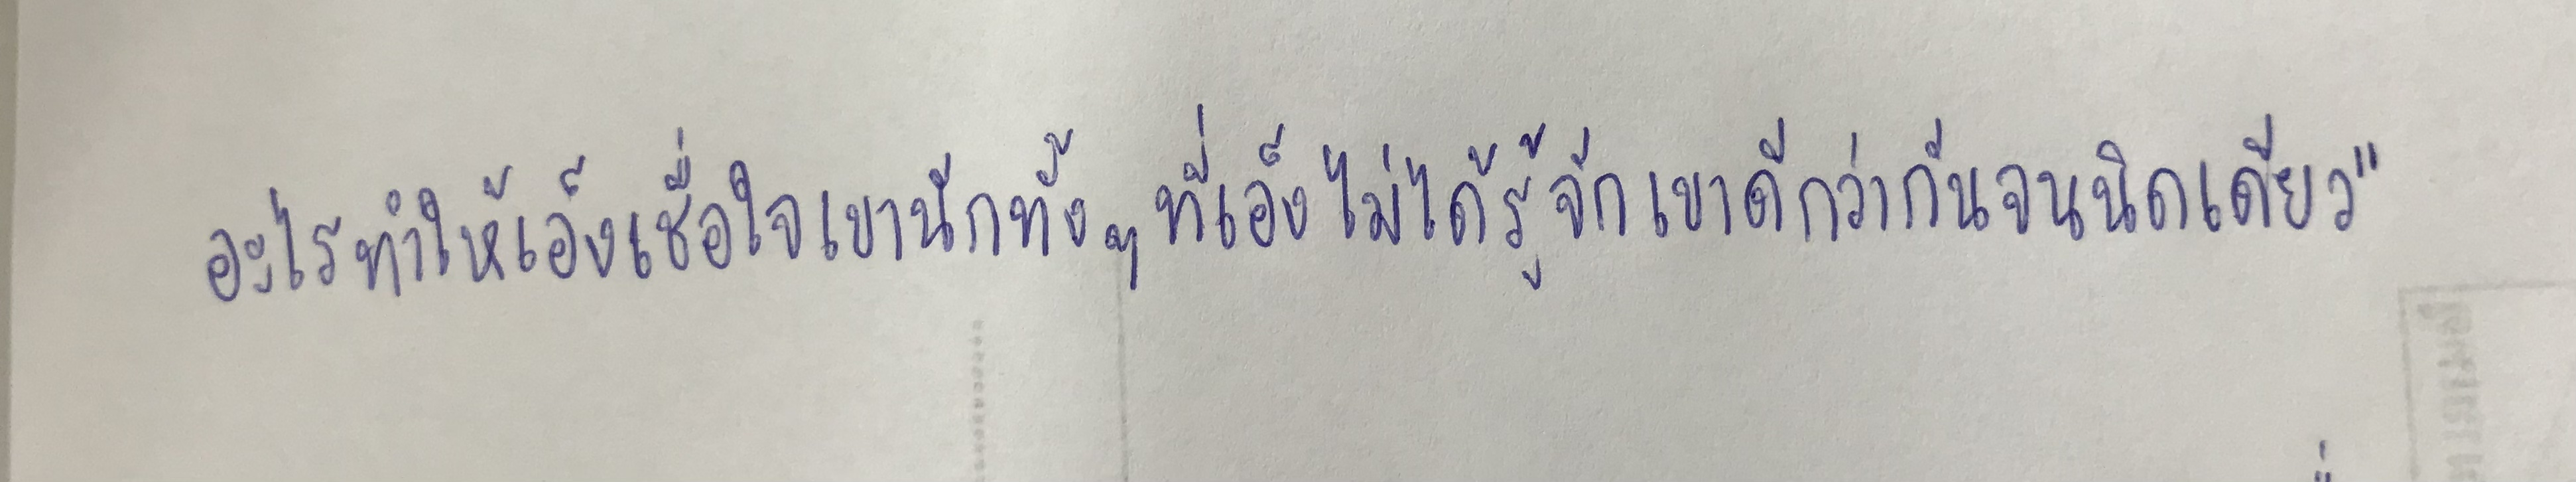
อะไรทำให้เอ็งเชื่อใจเขานักทั้งๆที่เอ็งไม่ได้รู้จักเขาดีกว่ากันจนนิดเดียว"